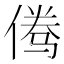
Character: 𱎾